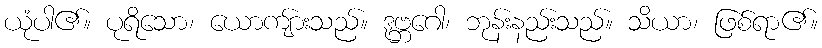
ယုံပါ၏။ ပုရိသော၊ ယောကျ်ားသည်။ ဒုဗ္ဘဂေါ၊ ဘုန်းနည်းသည်။ သိယာ၊ ဖြစ်ရာ၏။